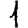
Digit: 1